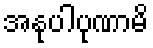
အနုပါပုဏာမိ